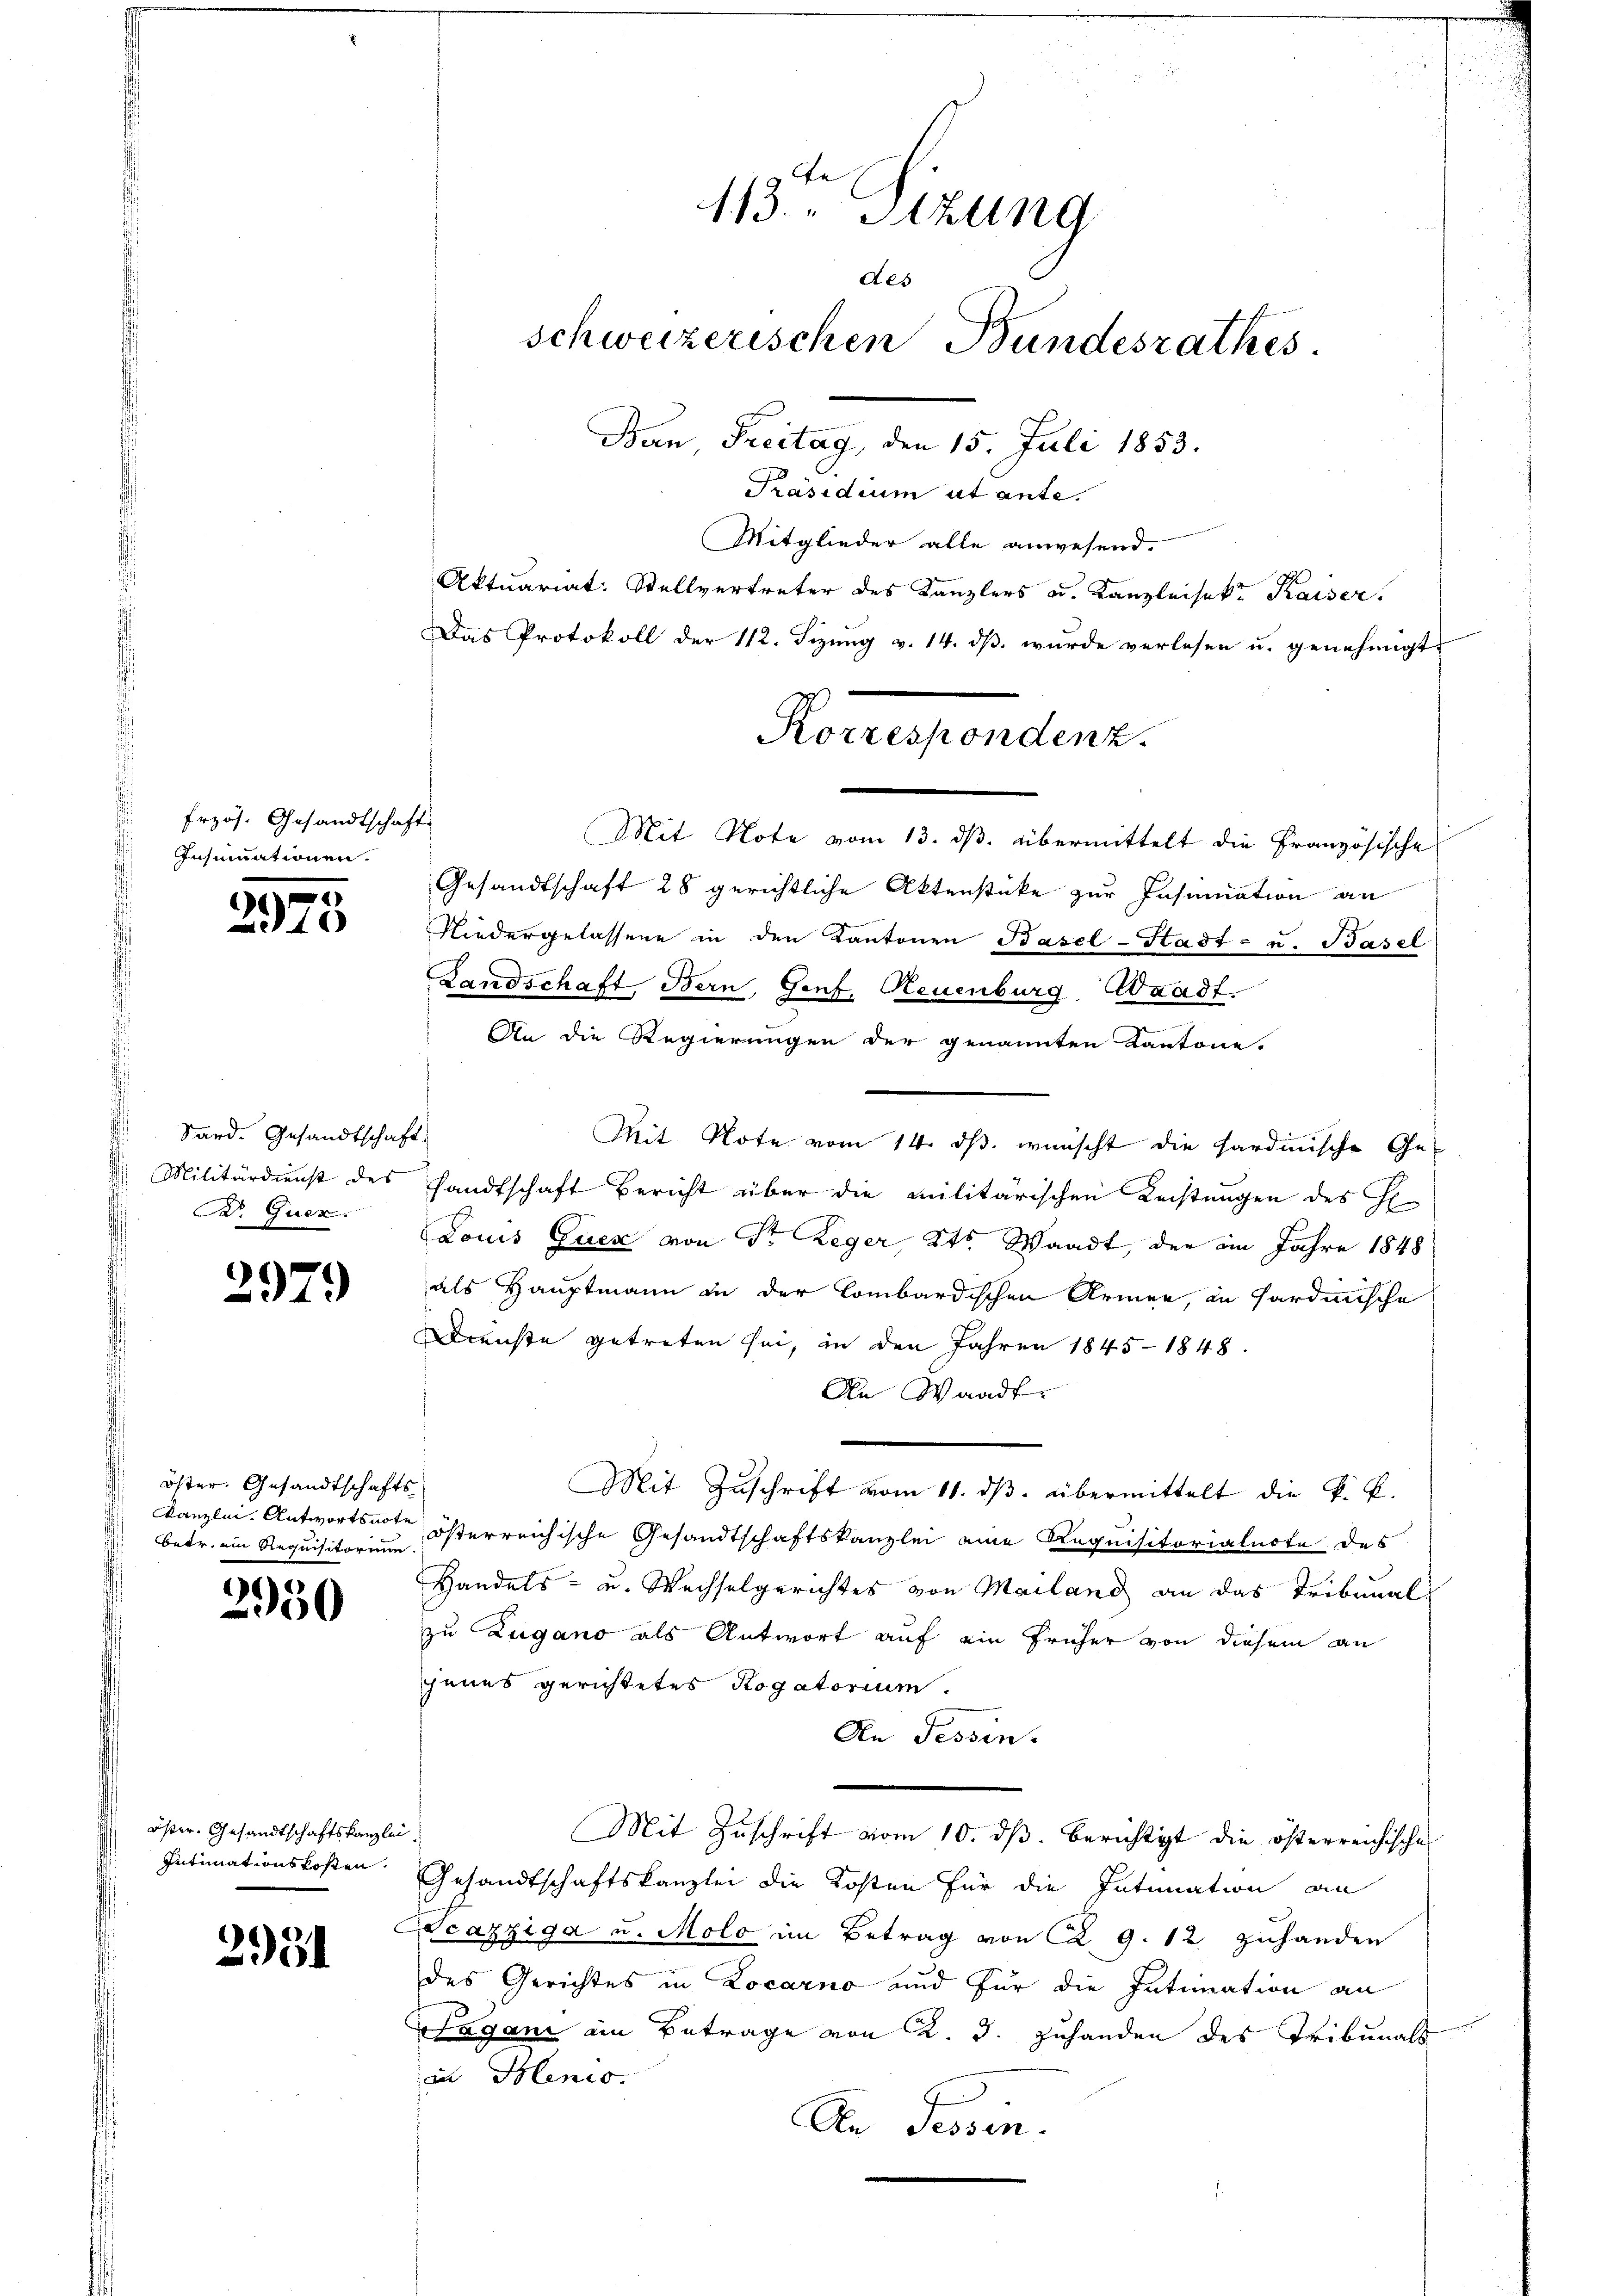
Erzös. Gesandtschaft
Insummationen.

6
4

Sard. Gesandtschaft.
Militärdienst des
B. Quer.

2979

öster. Gesandtschafts
Kanzlei. Antwortsnote
betr. ein Requisitorium

)
150

öster. Gesandtschaftskanzlei
Intimationskosten.

2951

113. Sitzung
des
schweizerischen Bundesrathes
Bern, Freitag, den 15. Juli 1853.

Präsidium ut ante.
Mitglieder alle anwesend.
Aktuariat: Stellvertreter des Kanzlers u. Kanzleisekt Kaiser.
Das Protokoll der 112. Sizung v. 14. ds. wurde verlesen u. genehmigt.
Mit Note vom 13. ds. übermittelt die Französische
Gesandtschaft 28 gerichtliche Aktenstücke zur Insumation an
Niedergelassene in den Kantonen Basel-Stadt- u. Basel
Landschaft Bern, Genf, Neuenburg, Waadt.
An die Regierungen der genannten Kantone.
Mit Note vom 14. ds. wünscht die hardinische Ge-
sandtschaft Bericht über die Militärischen Leistungen des H
Louis Quer von Sr. Reger, Kts. Waadt, der im Jahre 1848
als Hauptmann in der Combardischen Armen, in Sardinische
Dienste getreten sei, in den Jahren 1845-1848.
An Waadt.
Mit Zuschrift vom 11. ds. übermittelt die K. P.
österreichische Gesandtschaftskanzlei eine Requisitorialnote, das
Handels- u. Wechselgerichtes von Mailand an das Tribunal
zu Zugano als Antwort auf ein früher von diesem an
jenes gerichtetes Rogatorium.
An Tessin.
Mit Zuschrift vom 10. ds. berichtigt die österreichische
Gesandtschaftskanzlei die Kosten für die Intimation an
Scazziga u. Molo im Betrag von ca 9. 12 zuhanden
des Gerichtes in Locarno und für die Intimation an
Nagani ein Betrage von K. J. zuhanden des Tribunals
in Menio.
An Tessin.

Korrespondenz.